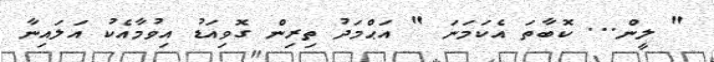
" ލީން... ކޮބާތަ އެކަމަނަ " އަޙްމަދު ތިރިން ގޮވިއަޑު އިވުމާއެކު އަލައިނާ